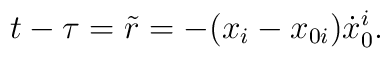
t-\tau =  \tilde r = - (x_i-x_{0i}){\dot x}_0^i.